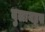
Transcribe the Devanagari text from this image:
बुलायड्स